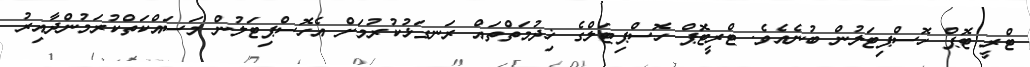
ޓްރީ ޓޮޕް ހޮސްޕިޓަލުން ބުނެއެވެ. ޓްރީޓޮޕް ހޮސްޕިޓަލްގެ ޚިދުމަތްތައް ރަނގަޅުކުރުމަށް އެހޮސްޕިޓަލުން މަސައްކަތްކުރަމުންދާއިރު